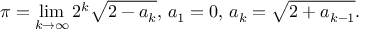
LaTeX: \pi = \displaystyle \operatorname* { l i m } _ { k \to \infty } 2 ^ { k } { \sqrt { 2 - a _ { k } } } , \, a _ { 1 } = 0 , \, a _ { k } = { \sqrt { 2 + a _ { k - 1 } } } .